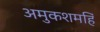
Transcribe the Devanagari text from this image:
अमुकशमहिं